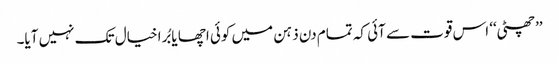
’’چھٹی‘‘ اس قوت سے آئی کہ تمام دن ذہن میں کوئی اچھا یا بُرا خیال تک نہیں آیا۔